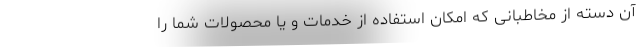
آن دسته از مخاطبانی که امکان استفاده از خدمات و یا محصولات شما را